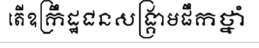
តើឧក្រឹដ្ឋជនសង្គ្រាមផឹកថ្នាំ